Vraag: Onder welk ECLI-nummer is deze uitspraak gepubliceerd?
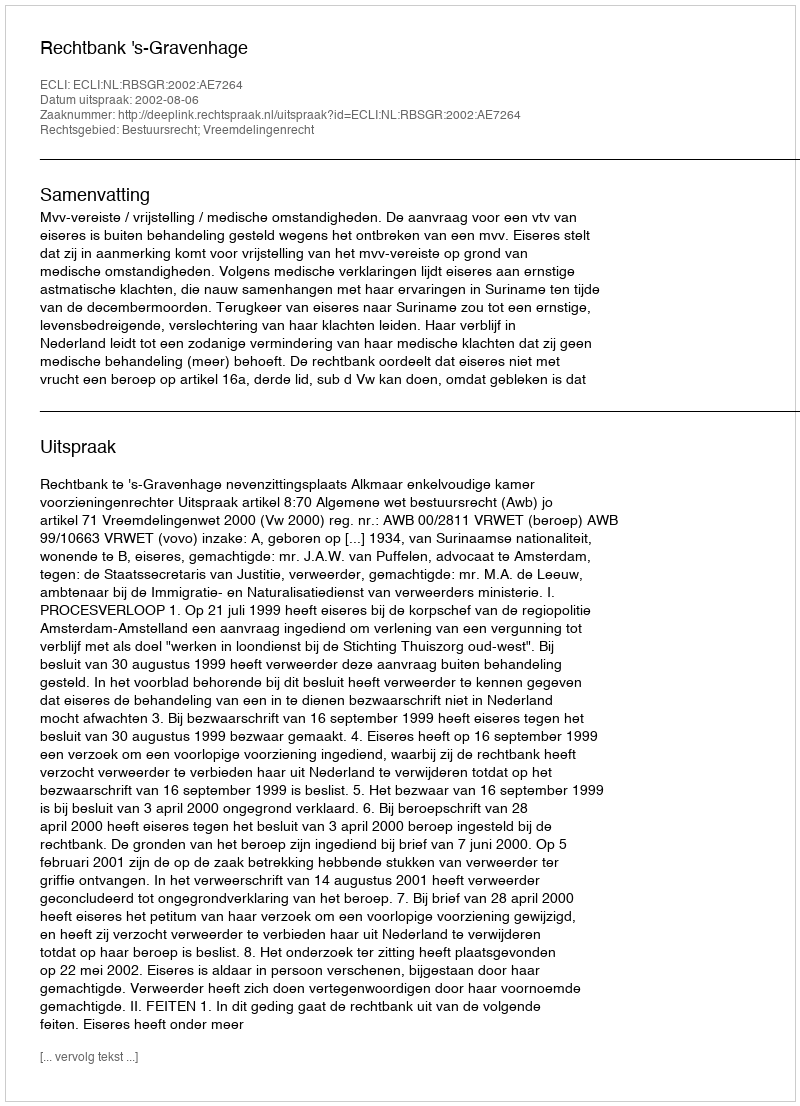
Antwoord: ECLI:NL:RBSGR:2002:AE7264